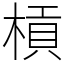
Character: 槓